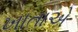
ખાતાએ